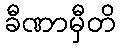
ခီဏာမှီတိ